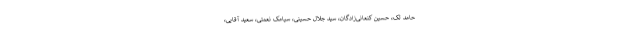
حامد لک، حسین کنعانی‌زادگان، سید جلال حسینی، سیامک نعمتی، سعید آقایی،